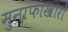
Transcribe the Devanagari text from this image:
मुनाफाखोरों